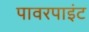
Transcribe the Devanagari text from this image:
पावरपाइंट